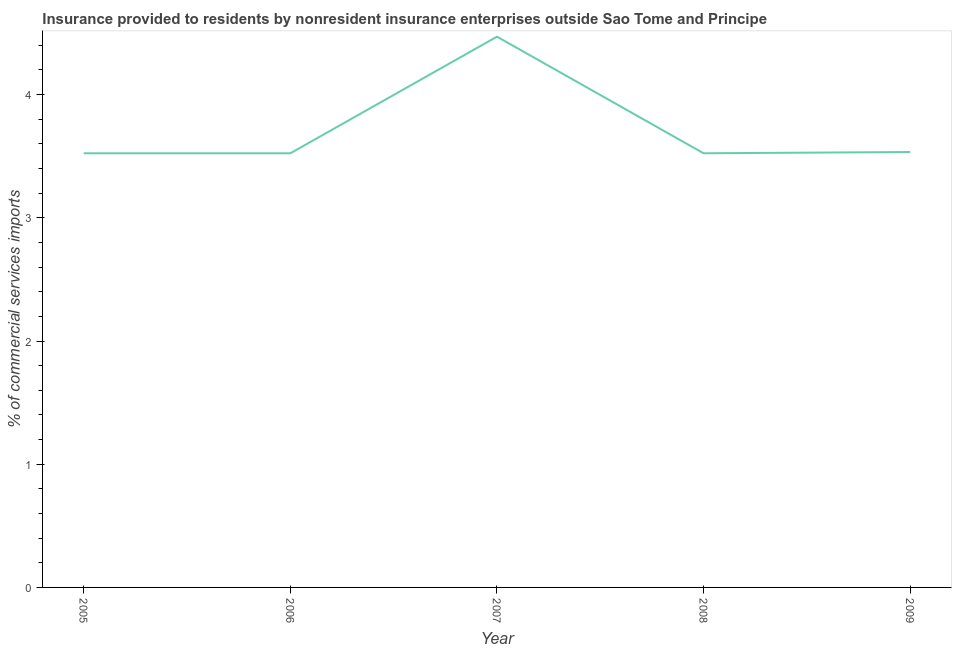
| Year | Insurance provided by non-residents |
 | --- | --- |
 | 2005 | 3.52 |
 | 2006 | 3.52 |
 | 2007 | 4.47 |
 | 2008 | 3.52 |
 | 2009 | 3.53 |